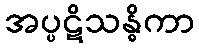
အပ္ပဋိသန္ဓိကာ